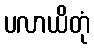
ပလာယိတုံ